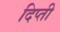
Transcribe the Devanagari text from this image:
दिप्ती